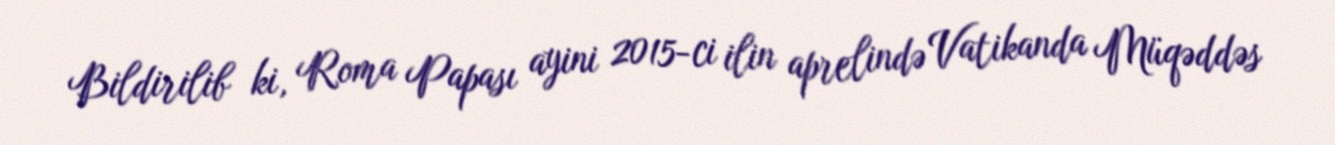
Bildirilib ki, Roma Papası ayini 2015-ci ilin aprelində Vatikanda Müqəddəs